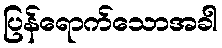
ပြန်ရောက်သောအခါ